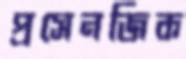
প্রসেনজিক